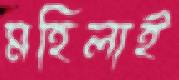
মহিলাই